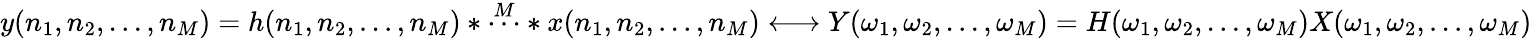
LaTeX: y(n_{1},n_{2},...,n_{M})=h(n_{1},n_{2},...,n_{M})*{\overset{M}{\cdots}}*x(n_{1},n_{2},...,n_{M})\longleftrightarrow Y(\omega_{1},\omega_{2},...,\omega_{M})=H(\omega_{1},\omega_{2},...,\omega_{M})X(\omega_{1},\omega_{2},...,\omega_{M})